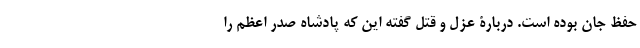
حفظ جان بوده است. دربارۀ عزل و قتل گفته این که پادشاه صدر اعظم را